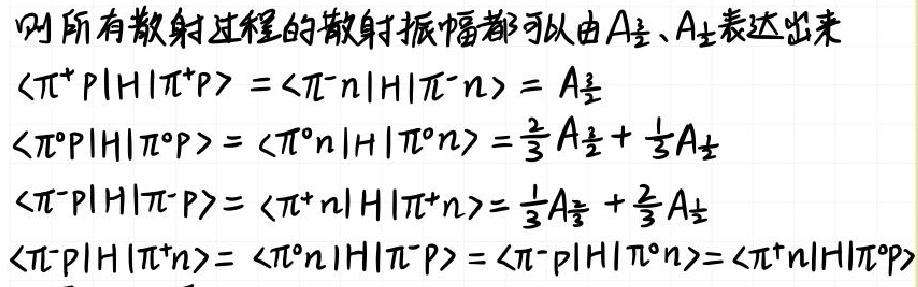
则所有散射过程的散射振幅都可以由$A_{\frac{3}{2}}、A_{\frac{1}{2}}$表达出来
$\langle \pi^+ p|H|\pi^+ p\rangle=\langle \pi^- n|H|\pi^- n\rangle = A_{\frac{3}{2}}$
$\langle \pi^0 p|H|\pi^0 p\rangle=\langle \pi^0 n|H|\pi^0 n\rangle=\frac{2}{3}A_{\frac{3}{2}}+\frac{1}{3}A_{\frac{1}{2}}$
$\langle \pi^- p|H|\pi^- p\rangle=\langle \pi^+ n|H|\pi^+ n\rangle=\frac{1}{3}A_{\frac{3}{2}}+\frac{2}{3}A_{\frac{1}{2}}$
$\langle \pi^- p|H|\pi^+ n\rangle=\langle \pi^0 n|H|\pi^- p\rangle=\langle \pi^- p|H|\pi^0 n\rangle=\langle \pi^+ n|H|\pi^0 p\rangle$